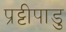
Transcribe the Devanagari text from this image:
प्रट्टीपाडु